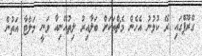
ގްރޫޕްގައި ރޭ ކުޅުނު އެހެން މެޗްތަކަށް ބަލާއިރު ލިތުއޭނިއާ ވަނީ މަލްޓާ އަތުން